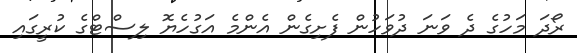
ރޯދަ މަހުގެ ދެ ވަނަ ދުވަހުން ފެށިގެން އެންމެ އަގުހެޔޮ ލިސްޓްގެ ކުރީގައި